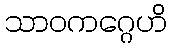
သာဝကဂ္ဂေဟိ